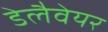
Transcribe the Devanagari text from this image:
डेलैवेयर